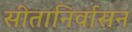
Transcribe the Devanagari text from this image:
सीतानिर्वासन